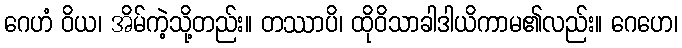
ဂေဟံ ဝိယ၊ အိမ်ကဲ့သို့တည်း။ တဿာပိ၊ ထိုဝိသာခါဒါယိကာမ၏လည်း။ ဂေဟေ၊